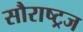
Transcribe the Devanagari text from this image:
सौराष्ट्रज